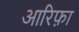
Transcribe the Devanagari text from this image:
आरिफ़ा